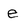
Character: e